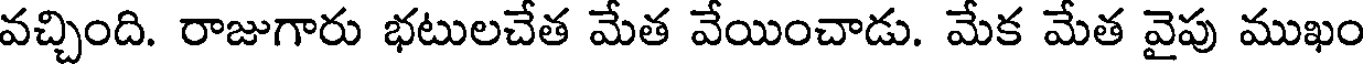
వచ్చింది. రాజుగారు భటులచేత మేత వేయించాడు. మేక మేత వైపు ముఖం